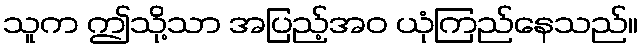
သူက ဤသို့သာ အပြည့်အဝ ယုံကြည်နေသည်။